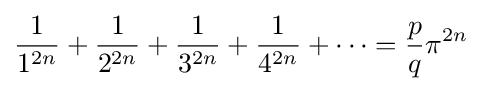
{\frac {1}{1^{2n}}}+{\frac {1}{2^{2n}}}+{\frac {1}{3^{2n}}}+{\frac {1}{4^{2n}}}+\cdots ={\frac {p}{q}}\pi ^{2n}